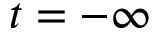
t = - \infty